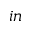
i n